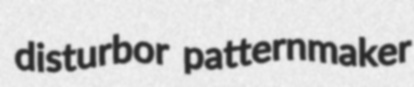
disturbor patternmaker